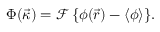
\Phi ( \vec { \kappa } ) = \mathcal { F } \, \{ \phi ( \vec { r } ) - \langle \phi \rangle \} .